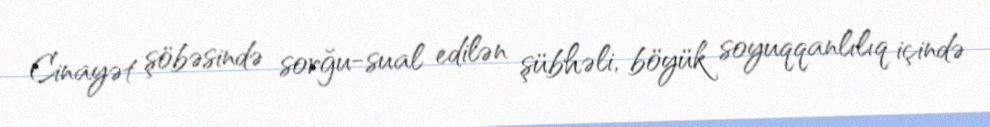
Cinayət şöbəsində sorğu-sual edilən şübhəli, böyük soyuqqanlılıq içində